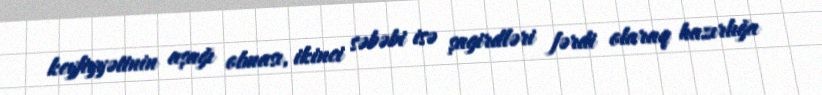
keyfiyyətinin aşağı olması, ikinci səbəbi isə şagirdləri fərdi olaraq hazırlığa